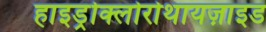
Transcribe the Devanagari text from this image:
हाइड्रोक्लोरोथायज़ाइड